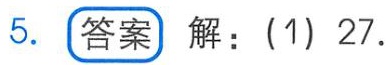
5. **答案** 解：(1) 27.